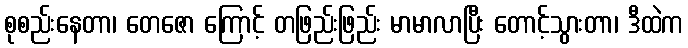
စုစည်းနေတာ၊ တေဇော ကြောင့် တဖြည်းဖြည်း မာမာလာပြီး တောင့်သွားတာ၊ ဒီထဲက